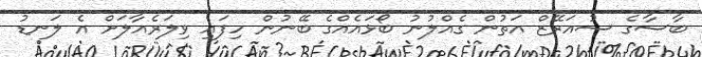
ބާސާގެ ސުއަރޭޒް އަތުން ގެއްލުނު ބޯޅައެއްގެ ބޭނުން ހިފައި ވިލަރެއާލަށް އެ ލަނޑު